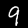
Digit: 9